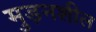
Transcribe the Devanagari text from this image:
मुड़नशील